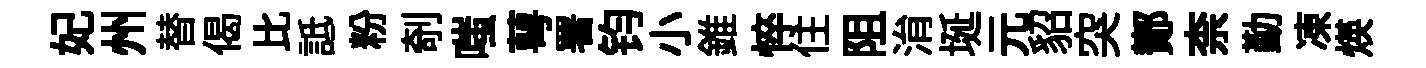
妃州替偈比詆粉剞嗤萼署钧小錐悴住阻㳙埏元貂突鄼柰勤凍煐